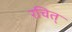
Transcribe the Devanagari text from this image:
रचित्